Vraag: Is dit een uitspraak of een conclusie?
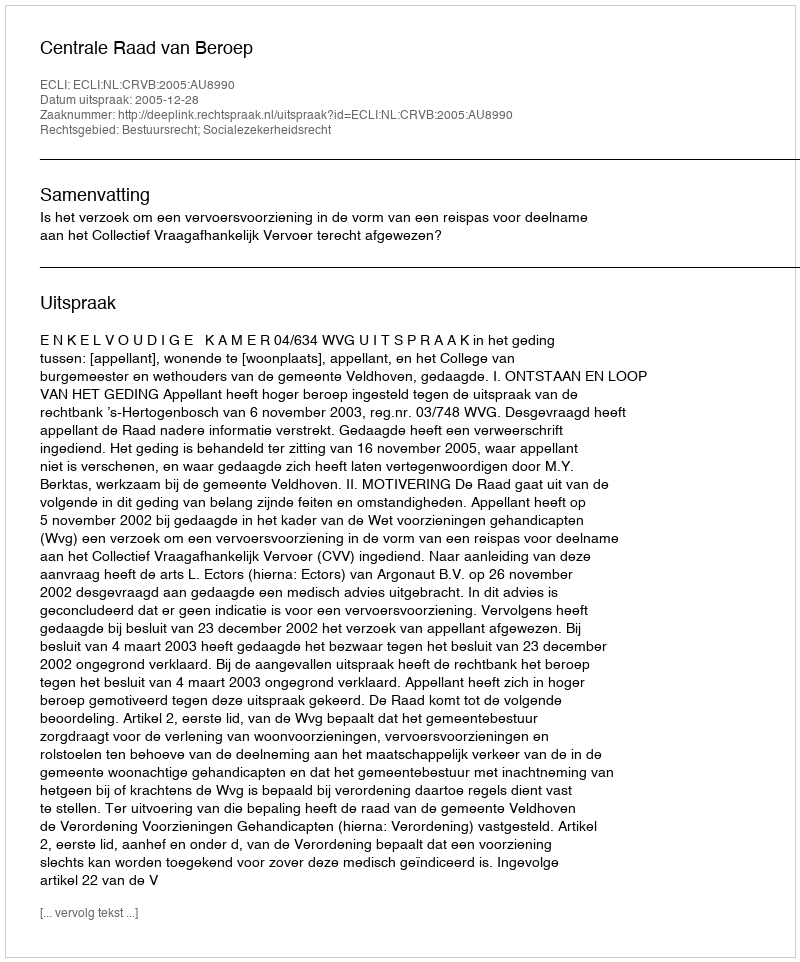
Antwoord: Uitspraak